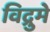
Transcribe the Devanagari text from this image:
विद्रुमे